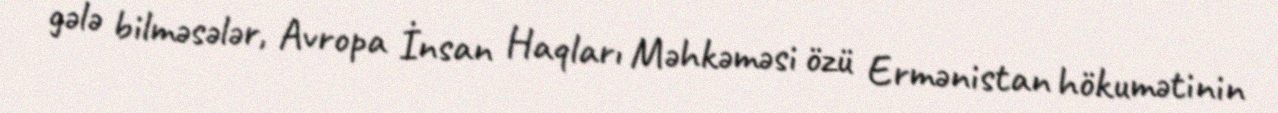
gələ bilməsələr, Avropa İnsan Haqları Məhkəməsi özü Ermənistan hökumətinin